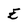
Character: E